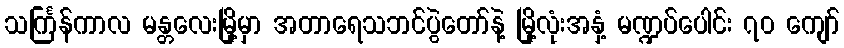
သင်္ကြန်ကာလ မန္တလေးမြို့မှာ အတာရေသဘင်ပွဲတော်နဲ့ မြို့လုံးအနှံ့ မဏ္ဍပ်ပေါင်း ၇၀ ကျော်